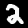
Label: 2